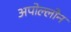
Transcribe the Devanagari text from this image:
अपोल्लोन